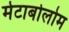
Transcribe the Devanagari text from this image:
मेटाबोलोम